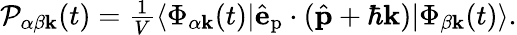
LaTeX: \begin{array}{r}{\mathcal{P}_{\alpha\beta\mathbf{k}}(t)=\frac{1}{V}\langle\Phi_{\alpha\mathbf{k}}(t)|\hat{\mathbf{e}}_{\textrm{p}}\cdot(\hat{\mathbf{p}}+\hbar\mathbf{k})|\Phi_{\beta\mathbf{k}}(t)\rangle.}\end{array}